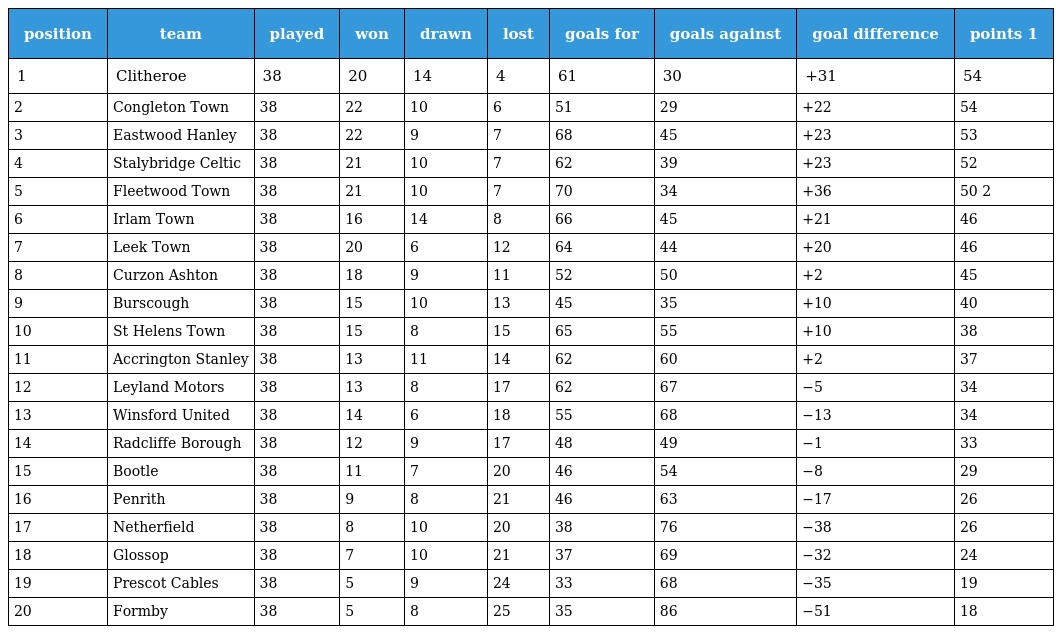
| position | team | played | won | drawn | lost | goals for | goals against | goal difference | points 1 |
 | --- | --- | --- | --- | --- | --- | --- | --- | --- | --- |
 | 1 | Clitheroe | 38 | 20 | 14 | 4 | 61 | 30 | +31 | 54 |
 | 2 | Congleton Town | 38 | 22 | 10 | 6 | 51 | 29 | +22 | 54 |
 | 3 | Eastwood Hanley | 38 | 22 | 9 | 7 | 68 | 45 | +23 | 53 |
 | 4 | Stalybridge Celtic | 38 | 21 | 10 | 7 | 62 | 39 | +23 | 52 |
 | 5 | Fleetwood Town | 38 | 21 | 10 | 7 | 70 | 34 | +36 | 50 2 |
 | 6 | Irlam Town | 38 | 16 | 14 | 8 | 66 | 45 | +21 | 46 |
 | 7 | Leek Town | 38 | 20 | 6 | 12 | 64 | 44 | +20 | 46 |
 | 8 | Curzon Ashton | 38 | 18 | 9 | 11 | 52 | 50 | +2 | 45 |
 | 9 | Burscough | 38 | 15 | 10 | 13 | 45 | 35 | +10 | 40 |
 | 10 | St Helens Town | 38 | 15 | 8 | 15 | 65 | 55 | +10 | 38 |
 | 11 | Accrington Stanley | 38 | 13 | 11 | 14 | 62 | 60 | +2 | 37 |
 | 12 | Leyland Motors | 38 | 13 | 8 | 17 | 62 | 67 | −5 | 34 |
 | 13 | Winsford United | 38 | 14 | 6 | 18 | 55 | 68 | −13 | 34 |
 | 14 | Radcliffe Borough | 38 | 12 | 9 | 17 | 48 | 49 | −1 | 33 |
 | 15 | Bootle | 38 | 11 | 7 | 20 | 46 | 54 | −8 | 29 |
 | 16 | Penrith | 38 | 9 | 8 | 21 | 46 | 63 | −17 | 26 |
 | 17 | Netherfield | 38 | 8 | 10 | 20 | 38 | 76 | −38 | 26 |
 | 18 | Glossop | 38 | 7 | 10 | 21 | 37 | 69 | −32 | 24 |
 | 19 | Prescot Cables | 38 | 5 | 9 | 24 | 33 | 68 | −35 | 19 |
 | 20 | Formby | 38 | 5 | 8 | 25 | 35 | 86 | −51 | 18 |